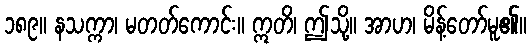
၁၈၉။ နသက္ကာ၊ မတတ်ကောင်း။ ဣတိ၊ ဤသို့။ အာဟ၊ မိန့်တော်မူ၏။